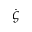
\dot { \varsigma }